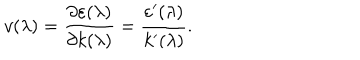
LaTeX: v ( \lambda ) = \frac { \partial \varepsilon ( \lambda ) } { \partial k ( \lambda ) } = \frac { \varepsilon ^ { \prime } ( \lambda ) } { k ^ { \prime } ( \lambda ) } .